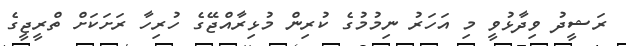
ރަޝީދު ވިދާޅުވީ މި އަހަރު ނިމުމުގެ ކުރިން މުޅިރާއްޖޭގެ ހުރިހާ ރަށަކަށް ތްރީޖީގެ